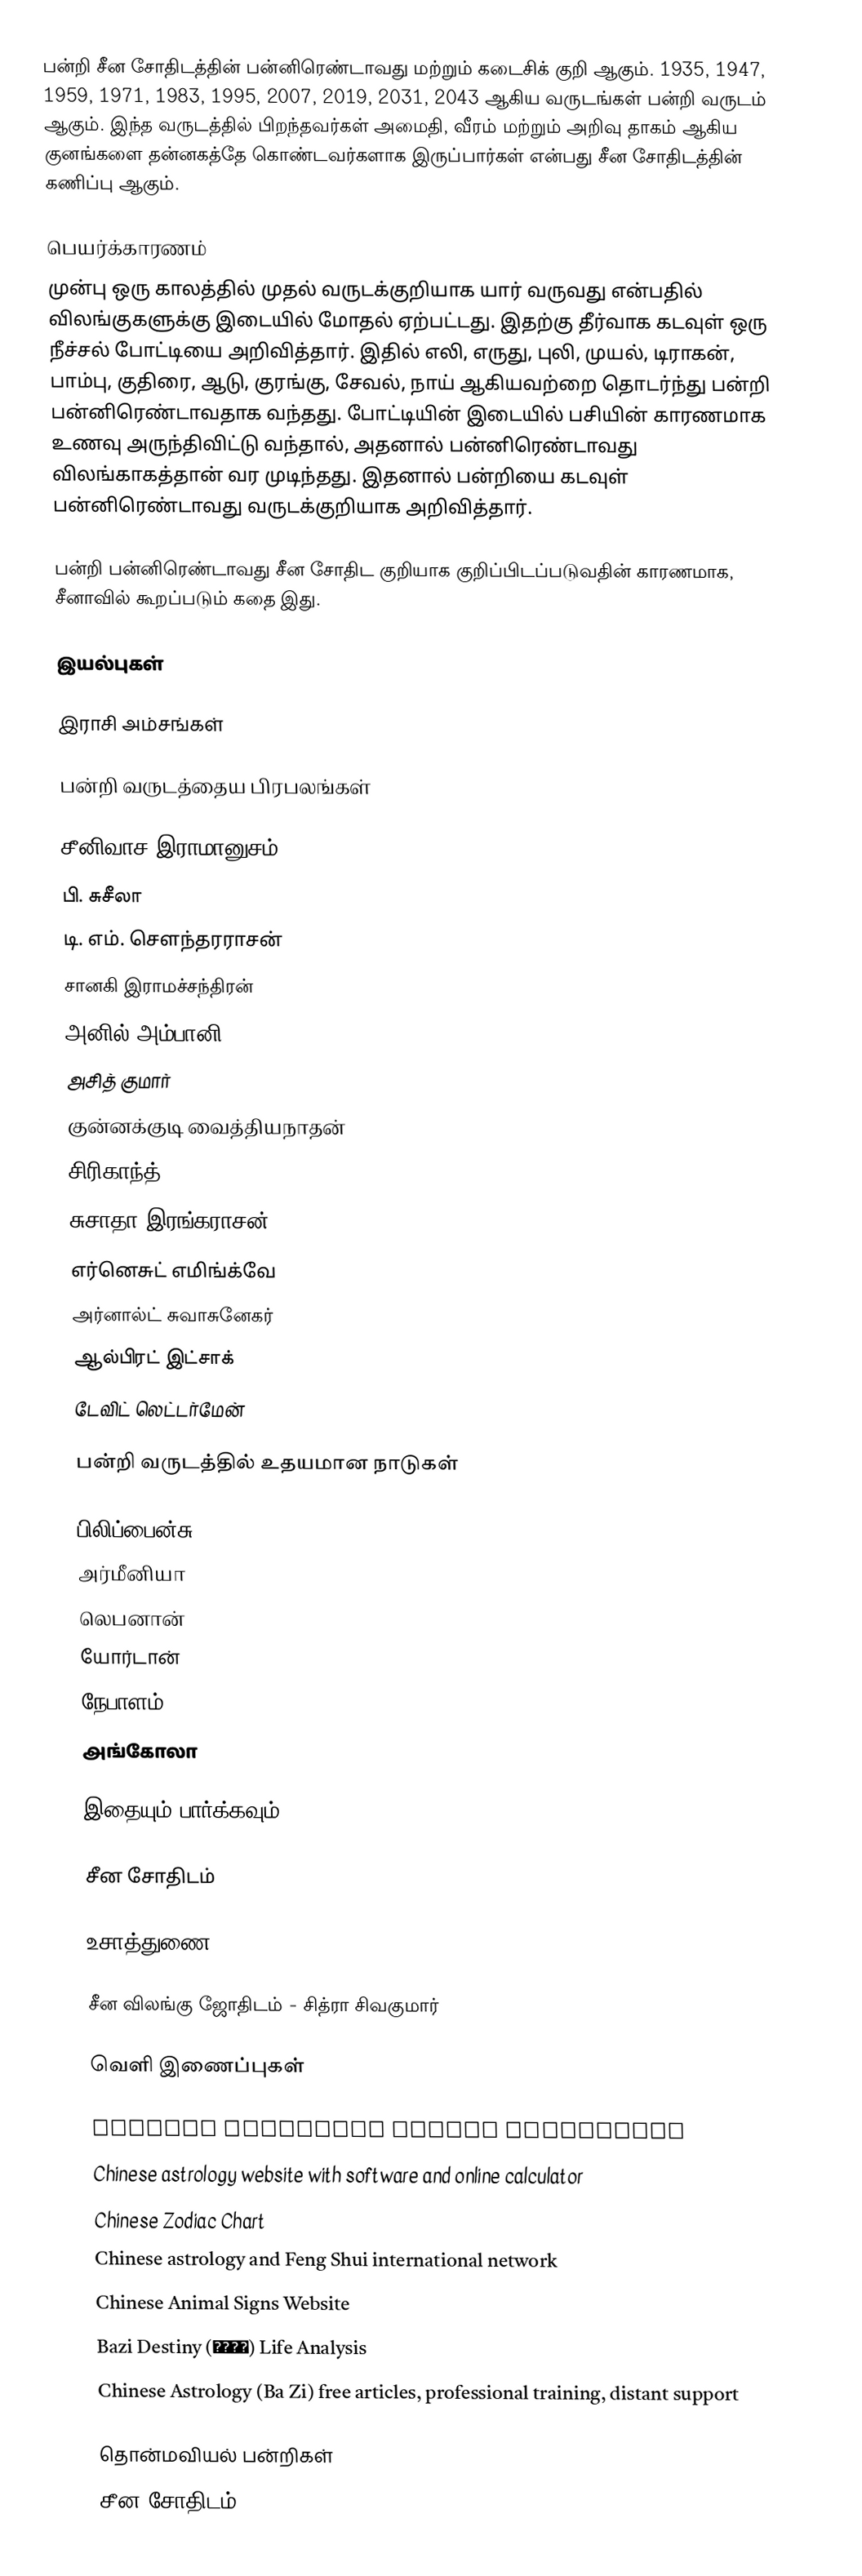
பன்றி சீன சோதிடத்தின் பன்னிரெண்டாவது மற்றும் கடைசிக் குறி ஆகும். 1935, 1947, 1959, 1971, 1983, 1995, 2007, 2019, 2031, 2043 ஆகிய வருடங்கள் பன்றி வருடம் ஆகும். இந்த வருடத்தில் பிறந்தவர்கள் அமைதி, வீரம் மற்றும் அறிவு தாகம் ஆகிய குனங்களை தன்னகத்தே கொண்டவர்களாக இருப்பார்கள் என்பது சீன சோதிடத்தின் கணிப்பு ஆகும்.

பெயர்க்காரணம்
முன்பு ஒரு காலத்தில் முதல் வருடக்குறியாக யார் வருவது என்பதில் விலங்குகளுக்கு இடையில் மோதல் ஏற்பட்டது. இதற்கு தீர்வாக கடவுள் ஒரு நீச்சல் போட்டியை அறிவித்தார். இதில் எலி, எருது, புலி, முயல், டிராகன், பாம்பு, குதிரை, ஆடு, குரங்கு, சேவல், நாய் ஆகியவற்றை தொடர்ந்து பன்றி பன்னிரெண்டாவதாக வந்தது. போட்டியின் இடையில் பசியின் காரணமாக உணவு அருந்திவிட்டு வந்தால், அதனால் பன்னிரெண்டாவது விலங்காகத்தான் வர முடிந்தது. இதனால் பன்றியை கடவுள் பன்னிரெண்டாவது வருடக்குறியாக அறிவித்தார்.

பன்றி பன்னிரெண்டாவது சீன சோதிட குறியாக குறிப்பிடப்படுவதின் காரணமாக, சீனாவில் கூறப்படும் கதை இது.

இயல்புகள்

இராசி அம்சங்கள்

பன்றி வருடத்தைய பிரபலங்கள்

சீனிவாச இராமானுசம்
பி. சுசீலா
டி. எம். செளந்தரராசன்
சானகி இராமச்சந்திரன்
அனில் அம்பானி
அசித் குமார்
குன்னக்குடி வைத்தியநாதன்
சிரிகாந்த்
சுசாதா இரங்கராசன்
எர்னெசுட் எமிங்க்வே
அர்னால்ட் சுவாசுனேகர்
ஆல்பிரட் இட்சாக்
டேவிட் லெட்டர்மேன்

பன்றி வருடத்தில் உதயமான நாடுகள்

பிலிப்பைன்சு
அர்மீனியா
லெபனான்
யோர்டான்
நேபாளம்
அங்கோலா

இதையும் பார்க்கவும்

சீன சோதிடம்

உசாத்துணை

சீன விலங்கு ஜோதிடம் - சித்ரா சிவகுமார்

வெளி இணைப்புகள்

 Chinese Astrology online calculator
 Chinese astrology website with software and online calculator
 Chinese Zodiac Chart
 Chinese astrology and Feng Shui international network
 Chinese Animal Signs Website
 Bazi Destiny (八字命理) Life Analysis
 Chinese Astrology (Ba Zi) free articles, professional training, distant support

தொன்மவியல் பன்றிகள்
சீன சோதிடம்